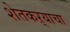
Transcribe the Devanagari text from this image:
शेतकऱ्याचा